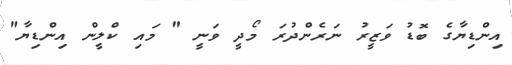
އިންޑިޔާގެ ބޮޑު ވަޒީރު ނަރެންދުރަ މޯދީ ވަނީ " މައި ކްލީން އިންޑިޔާ"